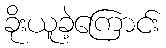
ခိုးယူခဲ့ကြောင်း